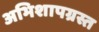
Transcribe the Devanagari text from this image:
अभिशापग्रस्त